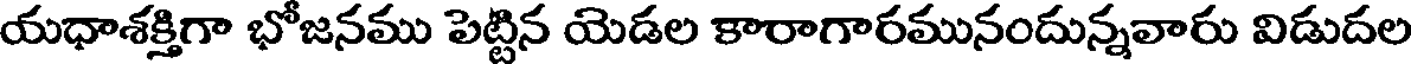
యధాశక్తిగా భోజనము పెట్టిన యెడల కారాగారమునందున్నవారు విడుదల